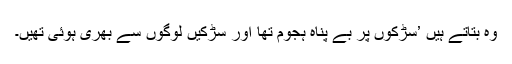
وہ بتاتے ہیں ’سڑکوں پر بے پناہ ہجوم تھا اور سڑکیں لوگوں سے بھری ہوئی تھیں۔